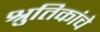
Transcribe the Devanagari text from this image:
श्रुतिकांचे